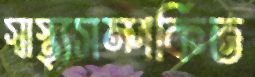
স্বাস্থ্যসম্পর্কিত